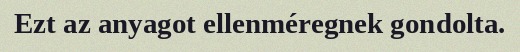
Ezt az anyagot ellenméregnek gondolta.